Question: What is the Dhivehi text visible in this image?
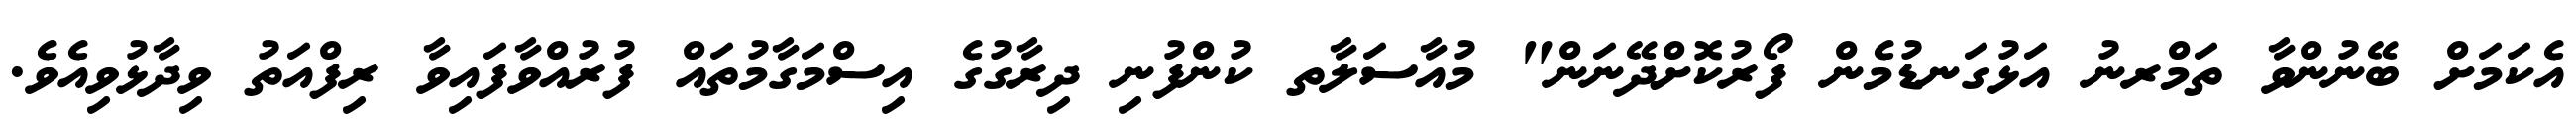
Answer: އެކަމަށް ބޭނުންވާ ތަމްރނު އަޅުގަނޑުމެން ފޯރުކޮށްދޭނަން" މުއާސަލާތ ކުންފުނި ދިރާގުގެ އިސްމަގާމުތައް ފުރުއްވާފައިވާ ރިފްއަތު ވިދާޅުވިއެވެ.